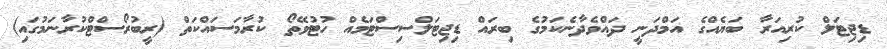
ޑިޖިޓަލް ކުރިއަރާ ބަޔެއްގެ އަމްދަނީ ދައްވެދާނެކަމުގެ ބިރައް ޑިޖިޓަލްސިސްޓަމެއް ހުޓުވޭތޯ ކުރާމަސައްކަތް (ރީބުރޯސްޓްކުރާނަމުގައި)